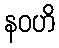
နဝဟိ